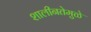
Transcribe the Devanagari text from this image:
शालीनतेमुळे